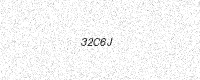
Text: 32C6J